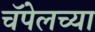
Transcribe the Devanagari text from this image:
चॅपेलच्या